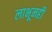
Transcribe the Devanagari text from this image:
लाभूनही